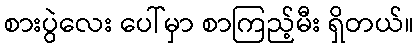
စားပွဲလေး ပေါ်မှာ စာကြည့်မီး ရှိတယ်။